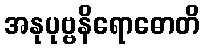
အနုပုဗ္ဗနိရောဓောတိ